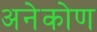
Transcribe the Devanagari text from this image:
अनेकोण